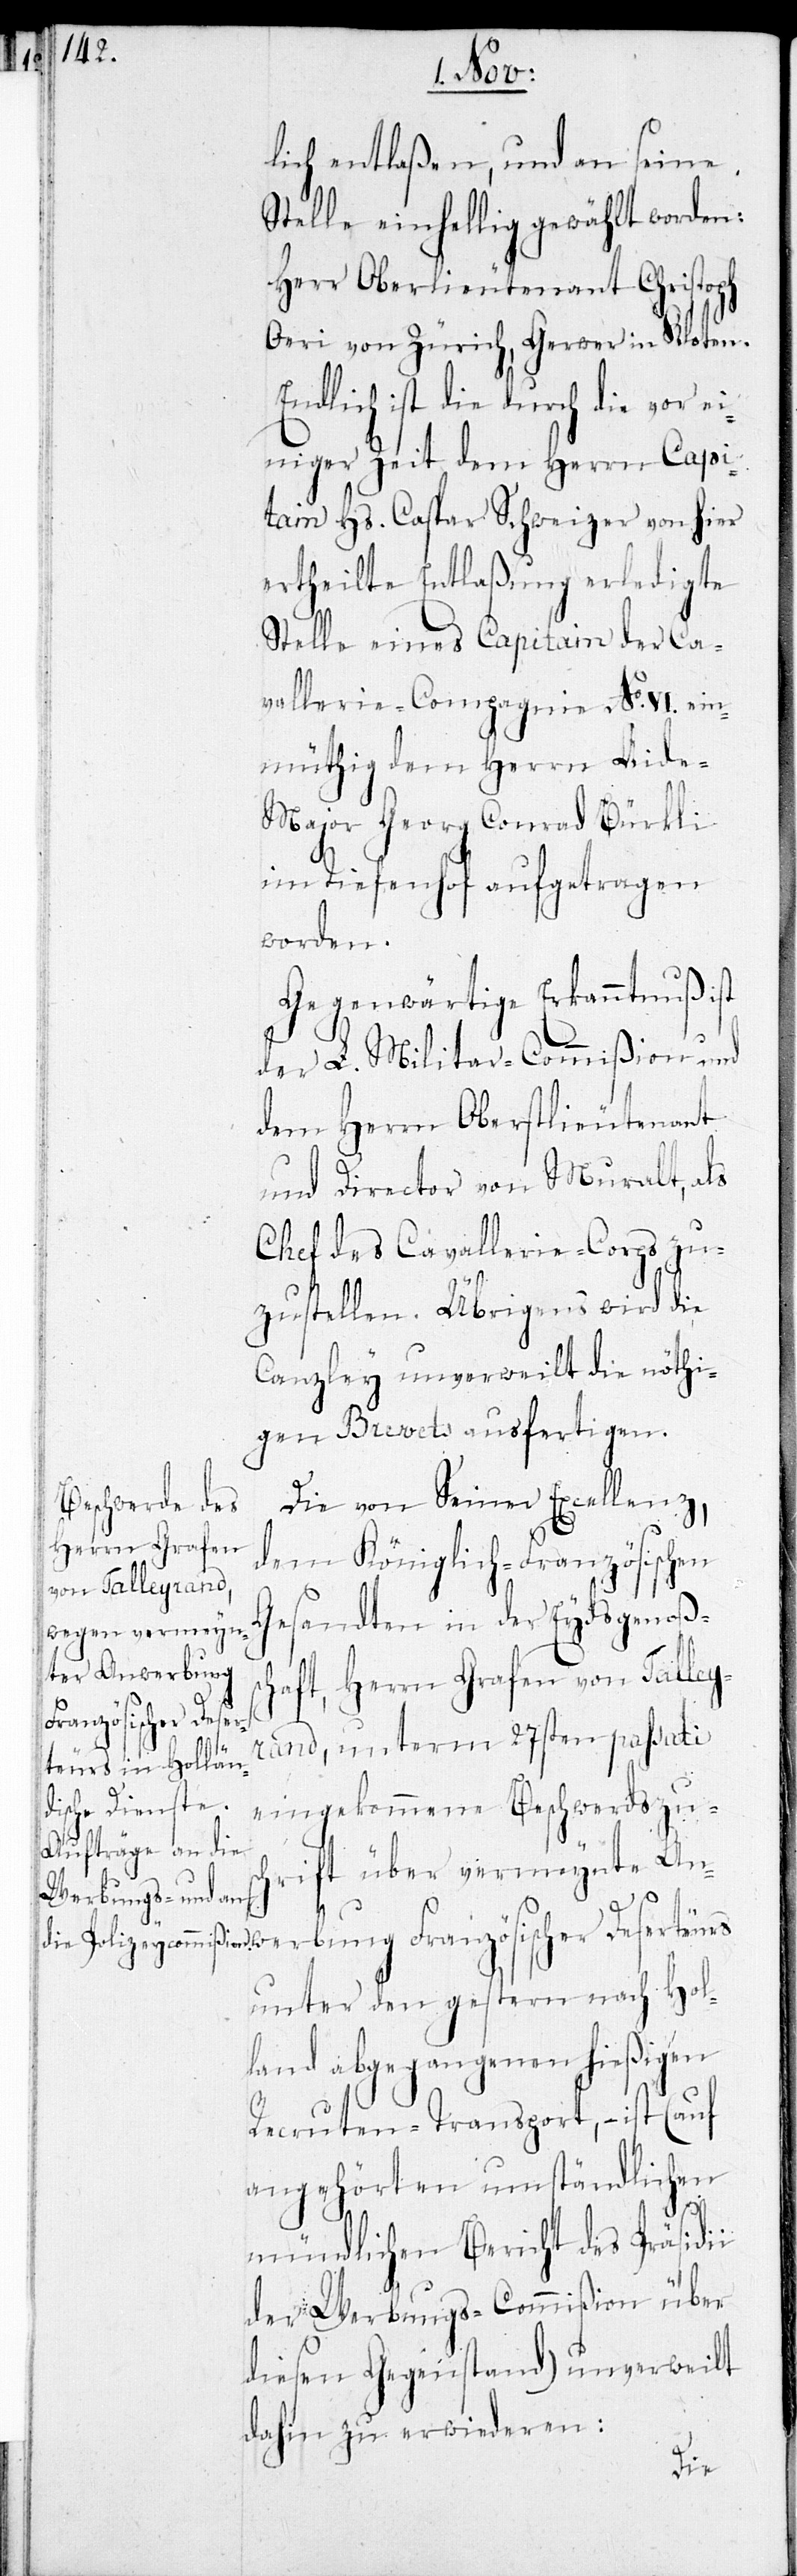
teurs
lich entlaßen, und an seine
Stelle einhellig gewählt worden:
Herr Oberlieutenant Christoph
Oeri von Zürich, Gerwer in Kloten.
Endlich ist die durch die vor ei¬
niger Zeit dem Herrn Capi¬
tain Hs. Caspar Schweizer von hier
ertheilte Entlaßung erledigte
Stelle eines Capitain der Ca¬
vallerie-Compagnie No. VI. ein¬
müthig dem Herrn Aide-M¬
ajor Georg Conrad Bürkli
im Tiefenhof aufgetragen
werbung
Gegenwärtige Erkanntnuß ist
der L. Militar-Commißion und
dem Herrn Oberstlieutenant
und Director von Muralt, als
Chef des Cavallerie-Korps zu¬
zustellen. Übrigens wird die
Canzley unverweilt die nöthi¬
gen Brevets ausfertigen.
Die von Seiner Excellenz,
dem Königlich-Französischen
Gesandten in der Eydsgenoßsc¬
haft, Herrn Grafen von Talley¬
Französischer Deser¬
rand, unterm 27sten passati
eingekommene Beschwerdszusc¬
hrift über vermeynte An¬
unter den gestern nach Hol¬
land abgegangenen hießigen
Recruten-Transport, – ist (auf
angehörten umständlichen
mündlichen Bericht des Präsi¬
der Werbungs-Commißion über
diesen Gegenstand) unverweilt
dahin zu erwiederen:
dii